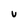
Character: v